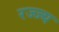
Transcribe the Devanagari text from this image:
रज्ज्य